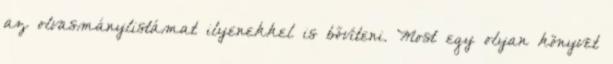
az olvasmánylistámat ilyenekkel is bővíteni. Most egy olyan könyvet